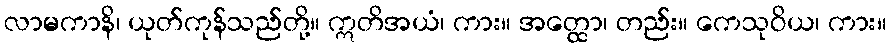
လာမကာနိ၊ ယုတ်ကုန်သည်တို့။ ဣတိအယံ၊ ကား။ အတ္ထော၊ တည်း။ ကေသုဝိယ၊ ကား။